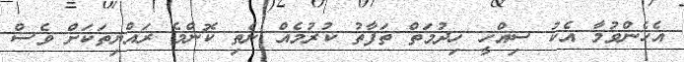
އެހެންވުމާ އެކު ސިއްހީ ހިދުމަތް ތަފާތު ކުރުމެއް ނެތި ކޮންމެ ރައްޔިތަކަށް ވެސް